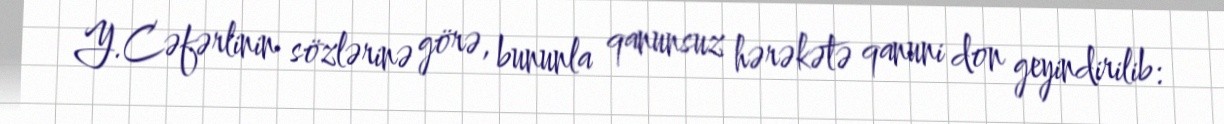
Y.Cəfərlinin sözlərinə görə, bununla qanunsuz hərəkətə qanuni don geyindirilib: